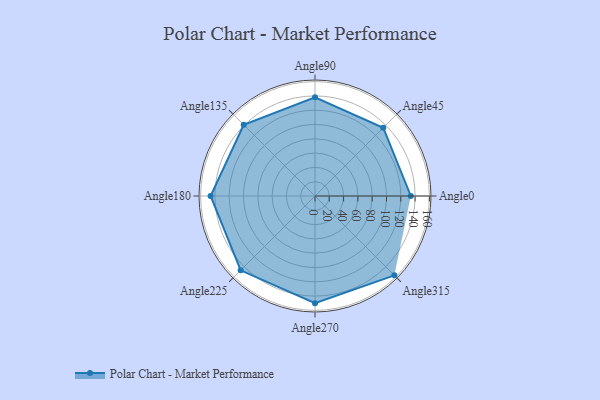
{"axis": {"x": "Angle", "y": "Radius"}, "legend": [""], "data": [{"x": "Angle0", "y": 134.0, "type": ""}, {"x": "Angle45", "y": 135.0, "type": ""}, {"x": "Angle90", "y": 138.0, "type": ""}, {"x": "Angle135", "y": 141.0, "type": ""}, {"x": "Angle180", "y": 146.0, "type": ""}, {"x": "Angle225", "y": 147.0, "type": ""}, {"x": "Angle270", "y": 150.0, "type": ""}, {"x": "Angle315", "y": 157.0, "type": ""}]}